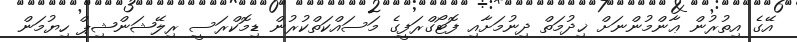
އޭގެ އިތުރުން ޢާންމުންނަށް ޚިދުމަތް ދިނުމަށާއި ފޮޓޯގްރަފީގެ މަސައްކަތްކުރުން ޑިމޮކްރަސީ ރިލޭޝަންޝިޕް ހިޔުމަން